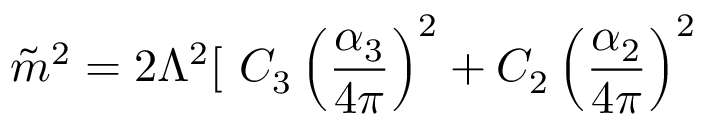
\tilde { m } ^ { 2 } = { 2 \Lambda ^ { 2 } } [ ~ C _ { 3 } \left( { \frac { \alpha _ { 3 } } { 4 \pi } } \right) ^ { 2 } + C _ { 2 } \left( { \frac { \alpha _ { 2 } } { 4 \pi } } \right) ^ { 2 }